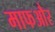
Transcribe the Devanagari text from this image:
माफऔर